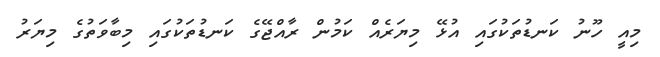
މިއީ ހޫނު ކަނޑުތަކުގައި އުޅޭ މިޔަރެއް ކަމުން ރާއްޖޭގެ ކަނޑުތަކުގައި މިބާވަތުގެ މިޔަރު